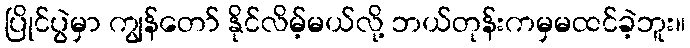
ပြိုင်ပွဲမှာ ကျွန်တော် နိုင်လိမ့်မယ်လို့ ဘယ်တုန်းကမှမထင်ခဲ့ဘူး။